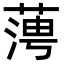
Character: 𦶊